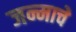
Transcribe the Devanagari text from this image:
जन्माचेे